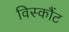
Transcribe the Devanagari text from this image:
विस्कौंट